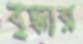
বৃদ্ধার